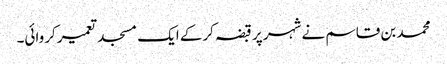
محمد بن قاسم نے شہر پر قبضہ کرکے ایک مسجد تعمیر کروائی۔